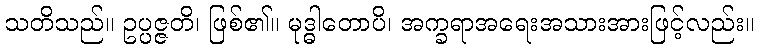
သတိသည်။ ဥပ္ပဇ္ဇတိ၊ ဖြစ်၏။ မုဒ္ဓါတောပိ၊ အက္ခရာအရေးအသားအားဖြင့်လည်း။